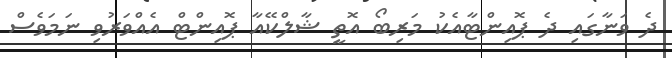
ދެ ވަނާގައި ދެ ޕޮއިންޓާއެކު މަރިބޯ އޮތީ ޝާލްކޭއާ ޕޮއިންޓް އެއްވަރުވި ނަމަވެސް